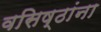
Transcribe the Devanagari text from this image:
वसिष्ठांना